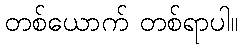
တစ်ယောက် တစ်ရာပါ။